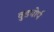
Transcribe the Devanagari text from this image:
वुडथोर्प